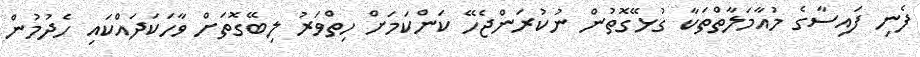
ފެނި ފައިސާގެ މުއާމަލާތްތަކާ ގުޅޭގޮތުން ނުކުރަންޖެހޭ ކަންކަމަށް ހިތްވަރު ލިބޭގޮތަށް ވާހަކަދައްކައި ހެދުމުން